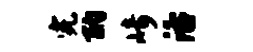
完酌崎活